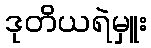
ဒုတိယရဲမှူး